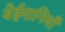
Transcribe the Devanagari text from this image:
बेईमानियों